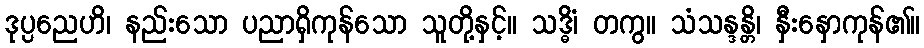
ဒုပ္ပညေဟိ၊ နည်းသော ပညာရှိကုန်သော သူတို့နှင့်။ သဒ္ဓိံ၊ တကွ။ သံသန္ဒန္တိ၊ နှီးနှောကုန်၏။